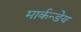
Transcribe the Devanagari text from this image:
मार्कन्डेय